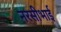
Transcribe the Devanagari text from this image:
नरसीभाई